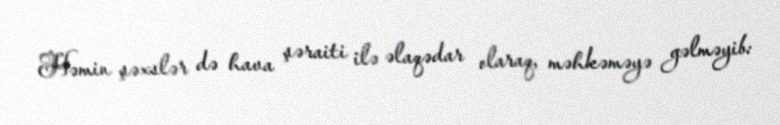
Həmin şəxslər də hava şəraiti ilə əlaqədar olaraq, məhkəməyə gəlməyib: